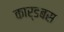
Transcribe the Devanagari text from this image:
कार्डबस